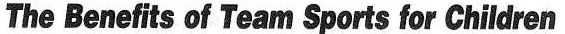
The Benefits of Team Sports for Children